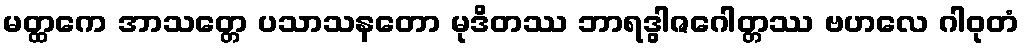
မတ္ထကေ အာသတ္တေ ပသာသနတော မုဒိတဿ ဘာရဒွါဇဂေါတ္တဿ ဗဟလေ ဂါဝုတံ